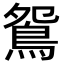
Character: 鴛